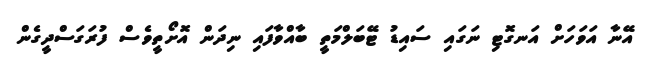
އޭނާ އަވަހަށް އަނގޮޓި ނަގައި ސައިޑު ޓޭބަލްމަތީ ބާއްވާފައި ނިދަން އޮށޯތީވެސް ފުރަގަސްދީގެން